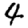
Digit: 4